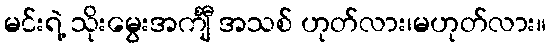
မင်းရဲ့ သိုးမွေးအင်္ကျီ အသစ် ဟုတ်လား၊မဟုတ်လား။